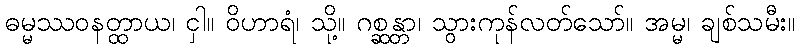
ဓမ္မဿဝနတ္ထာယ၊ ငှါ။ ဝိဟာရံ၊ သို့။ ဂစ္ဆန္တာ၊ သွားကုန်လတ်သော်။ အမ္မ၊ ချစ်သမီး။